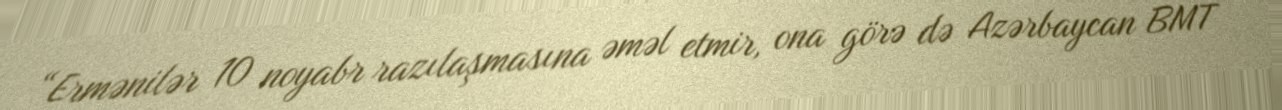
“Ermənilər 10 noyabr razılaşmasına əməl etmir, ona görə də Azərbaycan BMT